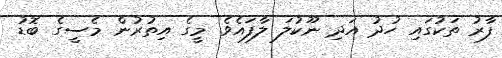
ފާރު ތަކުގައި ހުދު އަދި ނޫކުލަ ލާފައެވެ. މީގެ އިތުރުން މެސީގެ ބޮޑު